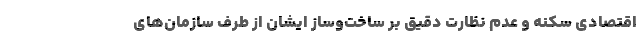
اقتصادی سکنه و عدم نظارت دقیق بر ساخت‌وساز ایشان از طرف سازمان‌های